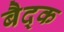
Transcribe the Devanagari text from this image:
बैद्क